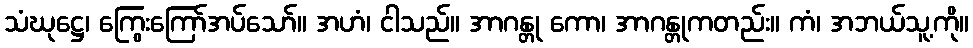
သံဃုဋ္ဌေ၊ ကြွေးကြော်အပ်သော်။ အဟံ၊ ငါသည်။ အာဂန္တု ကော၊ အာဂန္တုကတည်း။ ကံ၊ အဘယ်သူ့ကို။